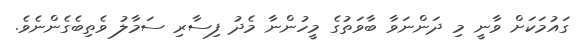
ގައުމަކަށް ވާނީ މި ދަންނަވާ ބާވަތުގެ މީހުންނާ މެދު ފިސާރި ސަމާލު ވެތިބެގެންނެވެ.